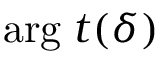
\mathrm { a r g } \; t ( \delta )